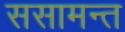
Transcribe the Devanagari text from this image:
ससामन्त